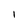
Character: I